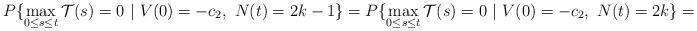
LaTeX: \begin{align*}P\{\max_{0\le s\le t}\mathcal{T}(s)=0\ |\ V(0) = -c_2,\ N(t) = 2k-1\} =P\{\max_{0\le s\le t}\mathcal{T}(s)=0\ |\ V(0) = -c_2,\ N(t) = 2k\} =\end{align*}